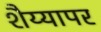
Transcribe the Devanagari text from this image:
शैय्यापर